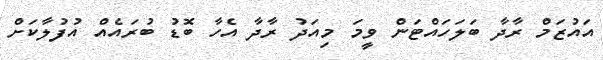
އައުޒަމް ރާދާ ބަލަހައްޓަން ވީމަ މިއަދު ރާދާ އެހާ ބޮޑު ބުރައެއް އުފުލާކަށް